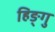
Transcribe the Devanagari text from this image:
हिङ्गु